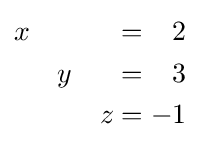
{\begin{alignedat}{4}x&\quad &&\quad &&{}={}&2&\\&\quad &y&\quad &&{}={}&3&\\&\quad &&\quad &z&{}={}&-1&\end{alignedat}}